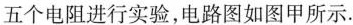
五个电阻进行实验，电路图如图甲所示.